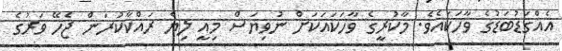
އެއްގަޑުބަޑުގެ ވާހަކައެވެ. މާކުރީގެ ވާހަކައަކަށް ނުވިޔަސް މިއީ ލިޔެ ރައްކާކުރަން ޖެހޭ ވަރުގެ